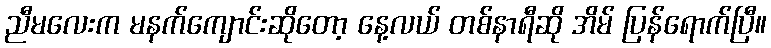
ညီမလေးက မနက်ကျောင်းဆိုတော့ နေ့လယ် တစ်နာရီဆို အိမ် ပြန်ရောက်ပြီ။